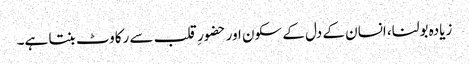
زیادہ بولنا، انسان کے دل کے سکون اور حضورِ قلب سے رکاوٹ بنتا ہے۔